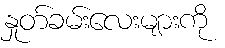
နှုတ်ခမ်းလေးများကို